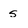
Character: s